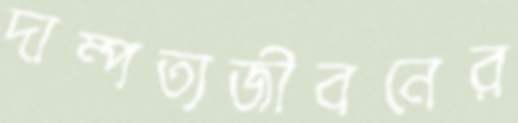
দাম্পত্যজীবনের